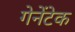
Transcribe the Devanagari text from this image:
गेनेंटेक